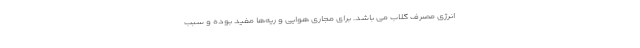
انرژی مصرف گلاب می باشد. برای مجاری هوایی و ریه‌ها مفید بوده و سبب